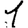
Digit: 1